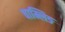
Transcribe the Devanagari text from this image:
चाम्लिङ